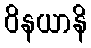
ဝိနယာနိ